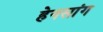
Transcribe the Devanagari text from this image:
हेनसांग